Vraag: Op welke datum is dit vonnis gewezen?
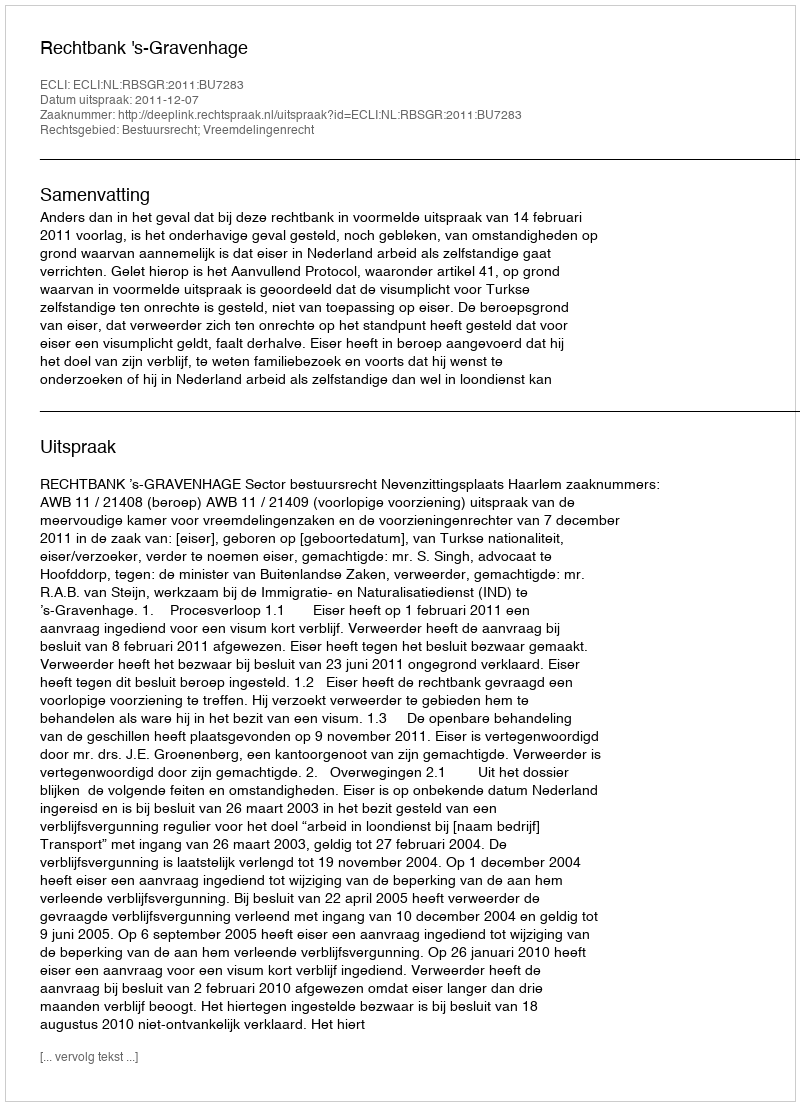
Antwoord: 2011-12-07